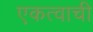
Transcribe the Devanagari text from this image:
एकत्वाची